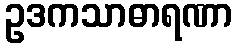
ဥဒကသာဓာရဏာ